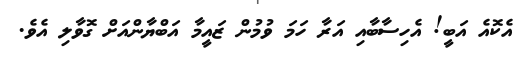
އެކޮއެ އަބީ! އެހިސާބާއި އަރާ ހަމަ ވުމުން ޒައީމާ އަބްޔާންއަށް ގޮވާލި އެވެ.